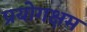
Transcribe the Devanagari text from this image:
प्रयोगक्षम